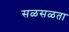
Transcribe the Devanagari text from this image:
सळसळता